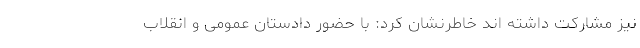
نیز مشارکت داشته اند خاطرنشان کرد: با حضور دادستان عمومی و انقلاب